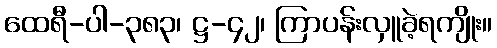
ထေရီ-ပါ-၃၈၃၊ ဋ္ဌ-၄၂၊ ကြာပန်းလှူခဲ့ရကျိုး။